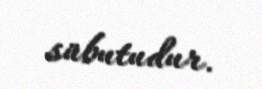
sübutudur.